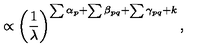
\propto \left( \frac { 1 } { \lambda } \right) ^ { \sum \alpha _ { p } + \sum \beta _ { p q } + \sum \gamma _ { p q } + k } ,